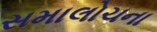
સમાલોચના